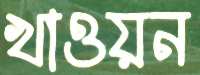
খাওয়ন